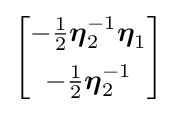
{\begin{bmatrix}-{\frac {1}{2}}{\boldsymbol {\eta }}_{2}^{-1}{\boldsymbol {\eta }}_{1}\\[5pt]-{\frac {1}{2}}{\boldsymbol {\eta }}_{2}^{-1}\end{bmatrix}}